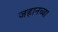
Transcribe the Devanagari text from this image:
जहानच्या